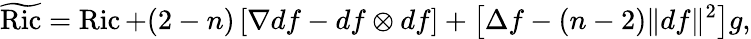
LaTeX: {\widetilde{\operatorname{Ric}}}=\operatorname{Ric}+(2-n)\left[\nabla df-df\otimes df\right]+\left[\Delta f-(n-2)\| df\| ^{2}\right]g,